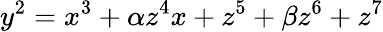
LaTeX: y^{2}=x^{3}+\alpha z^{4}x+z^{5}+\beta z^{6}+z^{7}